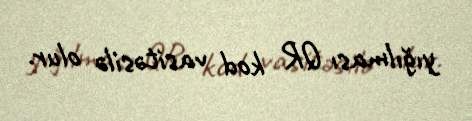
yığılması QR kod vasitəsilə olur.